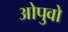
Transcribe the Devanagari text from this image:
ओपुवो